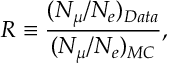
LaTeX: R \equiv { \frac { ( N _ { \mu } / N _ { e } ) _ { D a t a } } { ( N _ { \mu } / N _ { e } ) _ { M C } } } ,